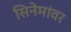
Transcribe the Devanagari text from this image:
सिनेमांवर